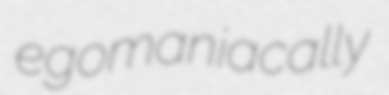
egomaniacally